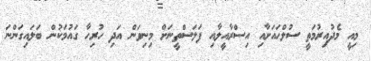
މިއީ މެދުއިރުމަތީ ސުލްހައަށާއި އިސްރާއީލާއި ފަލަސްތީނަށް މިނިވަން އަދި ހުރިހާ ގައުމަކުން ބަލައިގަންނަ